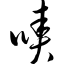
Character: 啧